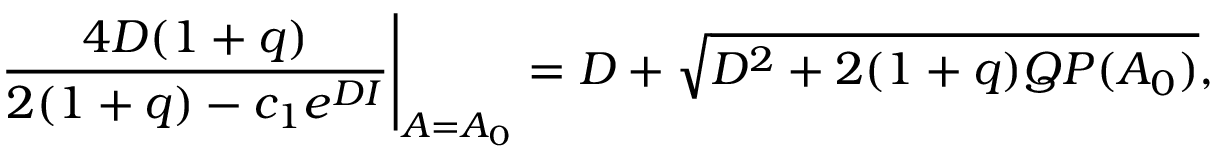
\frac { 4 D ( 1 + q ) } { 2 ( 1 + q ) - c _ { 1 } e ^ { D I } } \Bigg \vert _ { A = A _ { 0 } } = D + \sqrt { D ^ { 2 } + 2 ( 1 + q ) Q P ( A _ { 0 } ) } ,